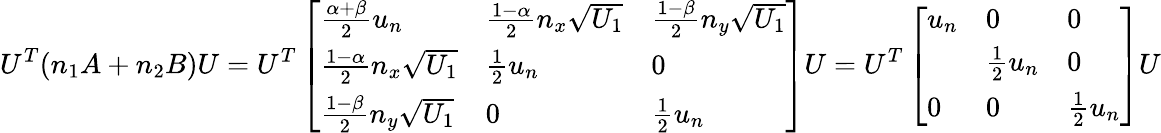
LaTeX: U^{T}(n_{1}A+n_{2}B)U=U^{T}\left[\begin{array}{lll}{\frac{\alpha+\beta}{2}u_{n}}&{\frac{1-\alpha}{2}n_{x}\sqrt{U_{1}}}&{\frac{1-\beta}{2}n_{y}\sqrt{U_{1}}}\\ {\frac{1-\alpha}{2}n_{x}\sqrt{U_{1}}}&{\frac{1}{2}u_{n}}&{0}\\ {\frac{1-\beta}{2}n_{y}\sqrt{U_{1}}}&{0}&{\frac{1}{2}u_{n}}\end{array}\right]U=U^{T}\left[\begin{array}{lll}{u_{n}}&{0}&{0}\\ &{\frac{1}{2}u_{n}}&{0}\\ {0}&{0}&{\frac{1}{2}u_{n}}\end{array}\right]U